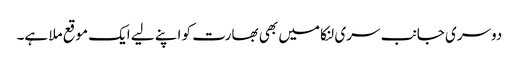
دوسری جانب سری لنکا میں بھی بھارت کو اپنے لیے ایک موقع ملا ہے۔